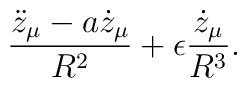
{\ddot{z}_{\mu}-a \dot{z}_{\mu} \over R^2}+\epsilon {\dot{z}_{\mu} \over R^3}.